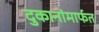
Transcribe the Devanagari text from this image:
दुकानांमार्फत